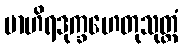
ဗာဟိရဒုက္ခဟေတုသုတ္တံ